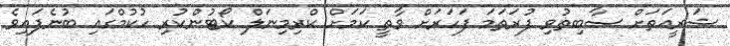
ޝަރީއަތަށް ސާބިތުވި ފުރަތަމަ ފަހަރަށް ވާތީ ކަމަށް ކްރިމިނަލް ކޯޓުންކުރި ހުކުމްގައި ބުނެފައިވެ